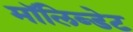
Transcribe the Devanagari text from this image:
मॉलिब्डेट